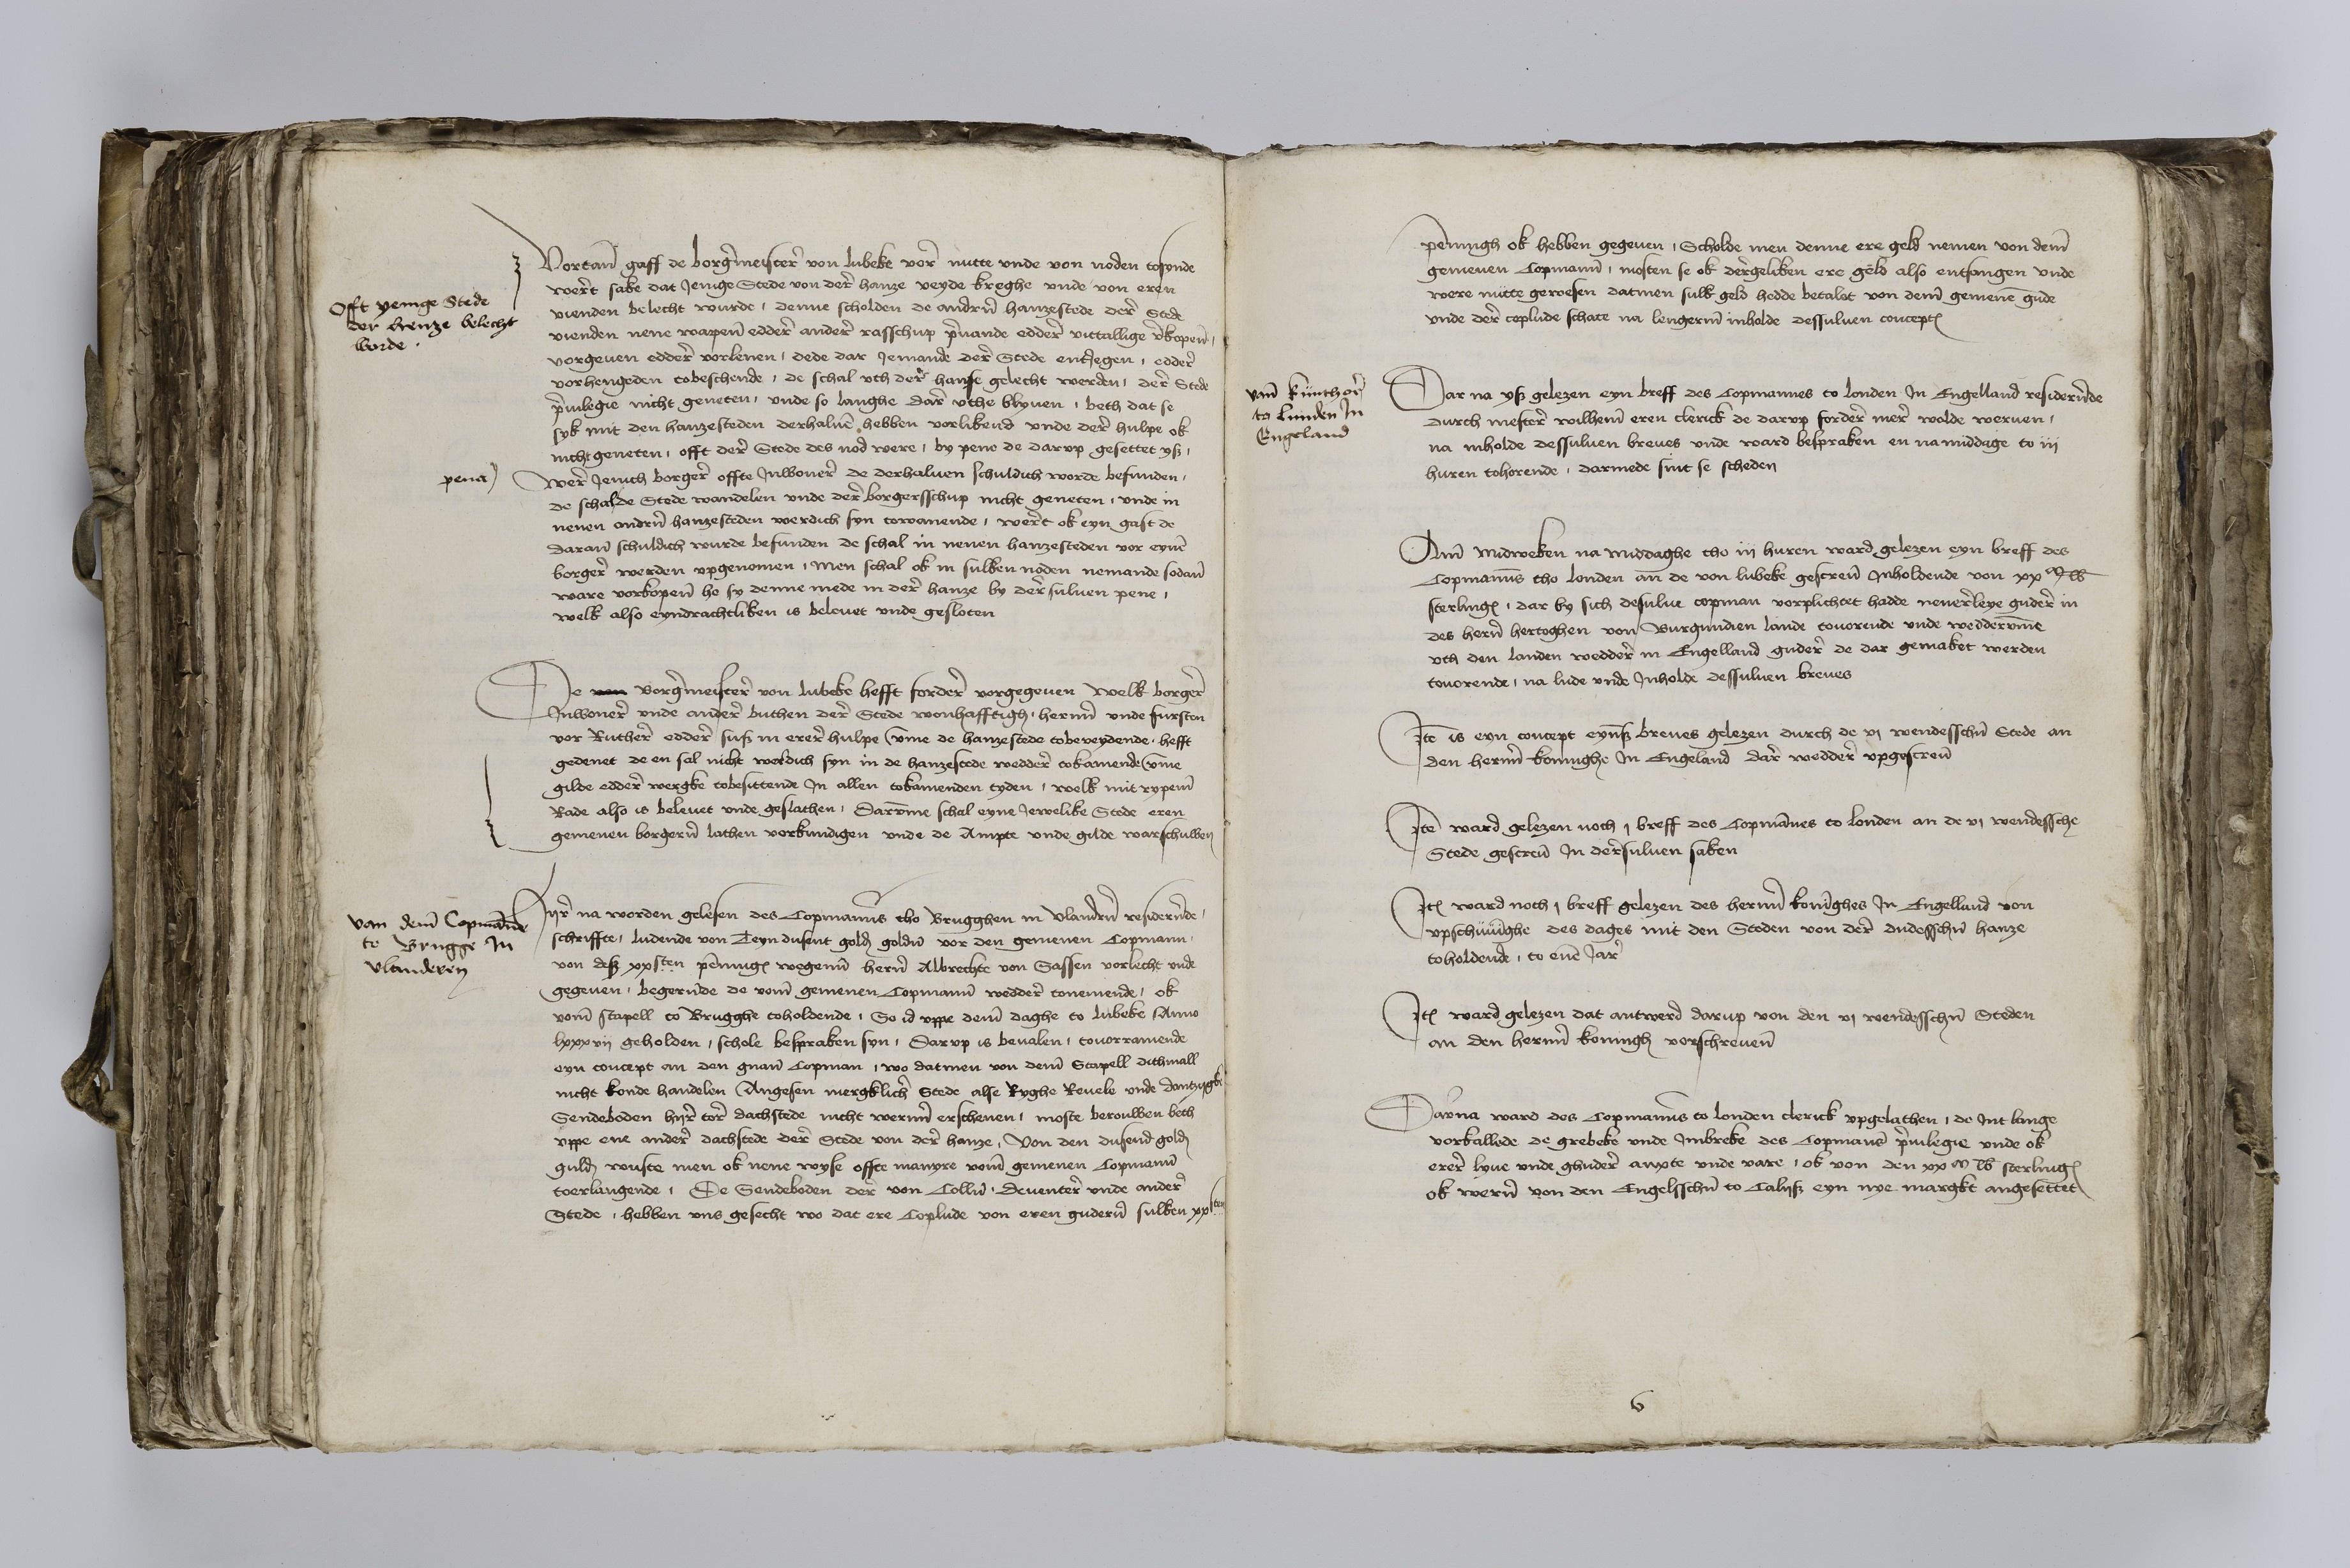
Vortane gaff de borgermeistere von Lubeke vore nutte vnde von noden tosynde
weret sake dat Jenige Stede von dere hanze veyde breghe vnde vor eren
vienden belecht wurde, denne scholden de anderen hanzestede dere Stede
vienden nene wapenen edder andere rasschup prouande eddere vittallige verkopene
vorgeuen eddere vorleuen, dede dar Jemande derer Stede entJegen, edder
vorhengeden tobeschende, de schal vth der hanse gelecht werden, dere Stede
priuilegie nicht geneten, vnde so langhe dar vthe blyuen, beth dat se
syk mit den hanzesteden de derhaluen hebben vorlikend vnde dere Hulpe ok
nicht geneten, offt der Stede des nod were, by pene de darvp gesettet ys
were Jenich borgere offte Jnwonere de derhaluen schuldich worde befunden
de schal de Stede wandelen vnde der borgersschup nicht geneten, vnde in
nenen andren hanzesteden werdich syn towanende, weret ok eyn gast de
darane schuldich wurde befunden de schal in nenen hanzesteden vor eynen
borgere werden vpgenomen, men schal ok in sulken noden nemande sodane
ware vorkopene he sy denne mede in derer hanze by der suluen pene,
welk also eyndrachtliken is beleuet vnde gesloten

Offt yenige Stede
der henze belecht
worde

pena

De van Borgermeistere von Lubeke hefft fordere vorgegeuen velk borgere
Jnwonere vnde andere buthen der Stede wonhafftigh herenn vnde fursten
vor Ruthere eddere sus in erer hulpe vmme de hanzestede tobeveydende, hefft
gedenet de en sal nicht werdich syn in de hanzestede weddere tokamende, vmme
gilde eddere wergke tobesittende Jn allen tokamenden tyden, welk mit rypeme
Rade also is beleuet vnde geslathen, darvmme schal eyne Jewelike Stede eren
gemenen borgeren lathen vorkundigen vnde de Ampte vnde gilde warschuwen

Hyre na worden gelesen des Copmannes tho Brugghen in Vlandren residerende
schriffte, ludende von Teyn dusent goldes golden vor den gemenen Copmann
von desse xxsten penninges wegenne heren Albrechte von Sassen vorlecht vnde
gegeuen, begerunde de vome germenen Copmanne weddere tonemende, ok
vome stapell to Brugghe toholdende, So id vppe deme daghe to Lubeke Anno
lxxxvij geholden, schole bespraken syn, Darvp is beualen, touorramende
eyn couaept an den gnanten Copman, wo datmen von deme Stapell dithmall
nicht konde handelen Angesen mergklicher Stede alse Ryghe Reuele vnde Dantzygk
Sendeboden hyre tore dachstede nicht werenn erschenen, moste berouwen beth
vppe ene andere dachstede dere Stede von der hanze von den dusend golden
gulden wuste men ok nene wyse offte manyre vome gemenen Copmanne
toerlangende, De Sendeboden derer von Collen Deuentere vnde andere
Stede hebben vns gesecht wo dae ere Coplude von eren guderen sulken xxlten

van deme Copmannen
to Brugge Jn
Vlanderen

penningh ok hebben gegeuen, Scholde men denne ere geld nemen von deme
gemenen Copmanne, mosten se ok dergeliken ere gelo also entfangen vnde
were nutte gewesen datmen sulk geld hedde betalet von deme gemenen gude
vnde der coplude schate na lengerem inholde dessuluen conceptes

Dar na ys gelezen eyn breff des Copmannes to Londen Jn Engelland residerende
durch mestere Wilheme eren clerick de darvp fordere mere wolde weruen
na inholde dessuluen breues vnde ward bespraken en namiddage to iij
huren tohorende, darmede sint se scheden

vame kunthore
to Lunden Jn
Engeland

Ame Midweken na middaghe tho iij huren ward gelezen eyn breff des
Copmannes tho Londen an de von Lubeke gescreuen Jnholdende von xx Rc
sterlinges, dar by sich desulue copman vorplichtet hadde nenereleye gudere in
des heren hertoghen von Burgundien lande touorende vnde weddervmme
vth den landen weddere in Engelland gudere de dar gemaket werden
touorende, na lude vnde Jnholde dessuluen breues

Jtem is eyn concept eynes breues gelezen durch de vj wendesschen Stede an
den herenn koninghe Jn Engeland dare weddere vpgescreuen

Jtem ward gelezen noch, breff des Copmannes to Londen an de vi wendessch
Stede gescreuen Jn deresuluen saken

Jtem ward noch, breff gelezen des herenn Koninghes Jn Engelland von
vpschuinghe des dages mit den Steden von derer dudesschen hanze
toholdende, to enen Jare

Jtem ward gelezen dat antwerd darup von den vj wendesschen Steden
an den herenn koningh vorschreuenen

Darna ware des Copmannes to Londen clerick vpgelathen, de Jnt lange
vorvallede de grebeke vnde Jmbreke des Copmans priuilegie vnde ok
erer lyue vnde ghudere anxte vnde vare, ok van den xx m lb sterlinges
ok weren von den Engelsschen to Calys eyn nye margkt angesettet